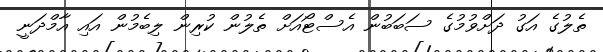
ތެލުގެ އަގު ދަށްވުމުގެ ސަބަބުން އެސްޓޯއަށް ތެލުން ކުރިން ލިބެމުން އައި އާމްދަނީ